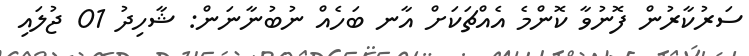
ސަރުކާރުން ފޮނުވާ ކޮންމެ އެއްޗަކަށް އާނ ބަހެއް ނުބުނާނަން: ޝާހިދު 01 ޖުލައި